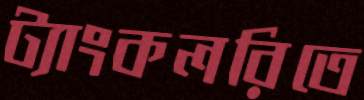
ট্যাংকলরিতে